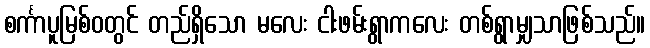
စင်္ကာပူမြစ်ဝတွင် တည်ရှိသော မလေး ငါးဖမ်းရွာကလေး တစ်ရွာမျှသာဖြစ်သည်။